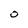
Character: O